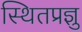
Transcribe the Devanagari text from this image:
स्थितप्रज्ञु